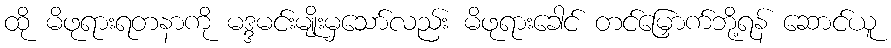
ထို မိဖုရားရတနာကို မဒ္ဒမင်းမျိုးမှသော်လည်း မိဖုရားခေါင် တင်မြှောက်ဘို့ရန် ဆောင်ယူ